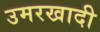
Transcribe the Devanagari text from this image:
उमरखादी